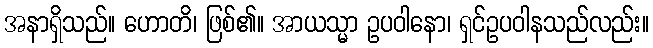
အနာရှိသည်။ ဟောတိ၊ ဖြစ်၏။ အာယသ္မာ ဥပဝါနော၊ ရှင်ဥပဝါနသည်လည်း။